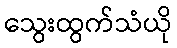
သွေးထွက်သံယို